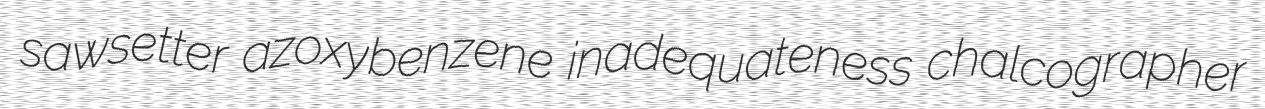
sawsetter azoxybenzene inadequateness chalcographer